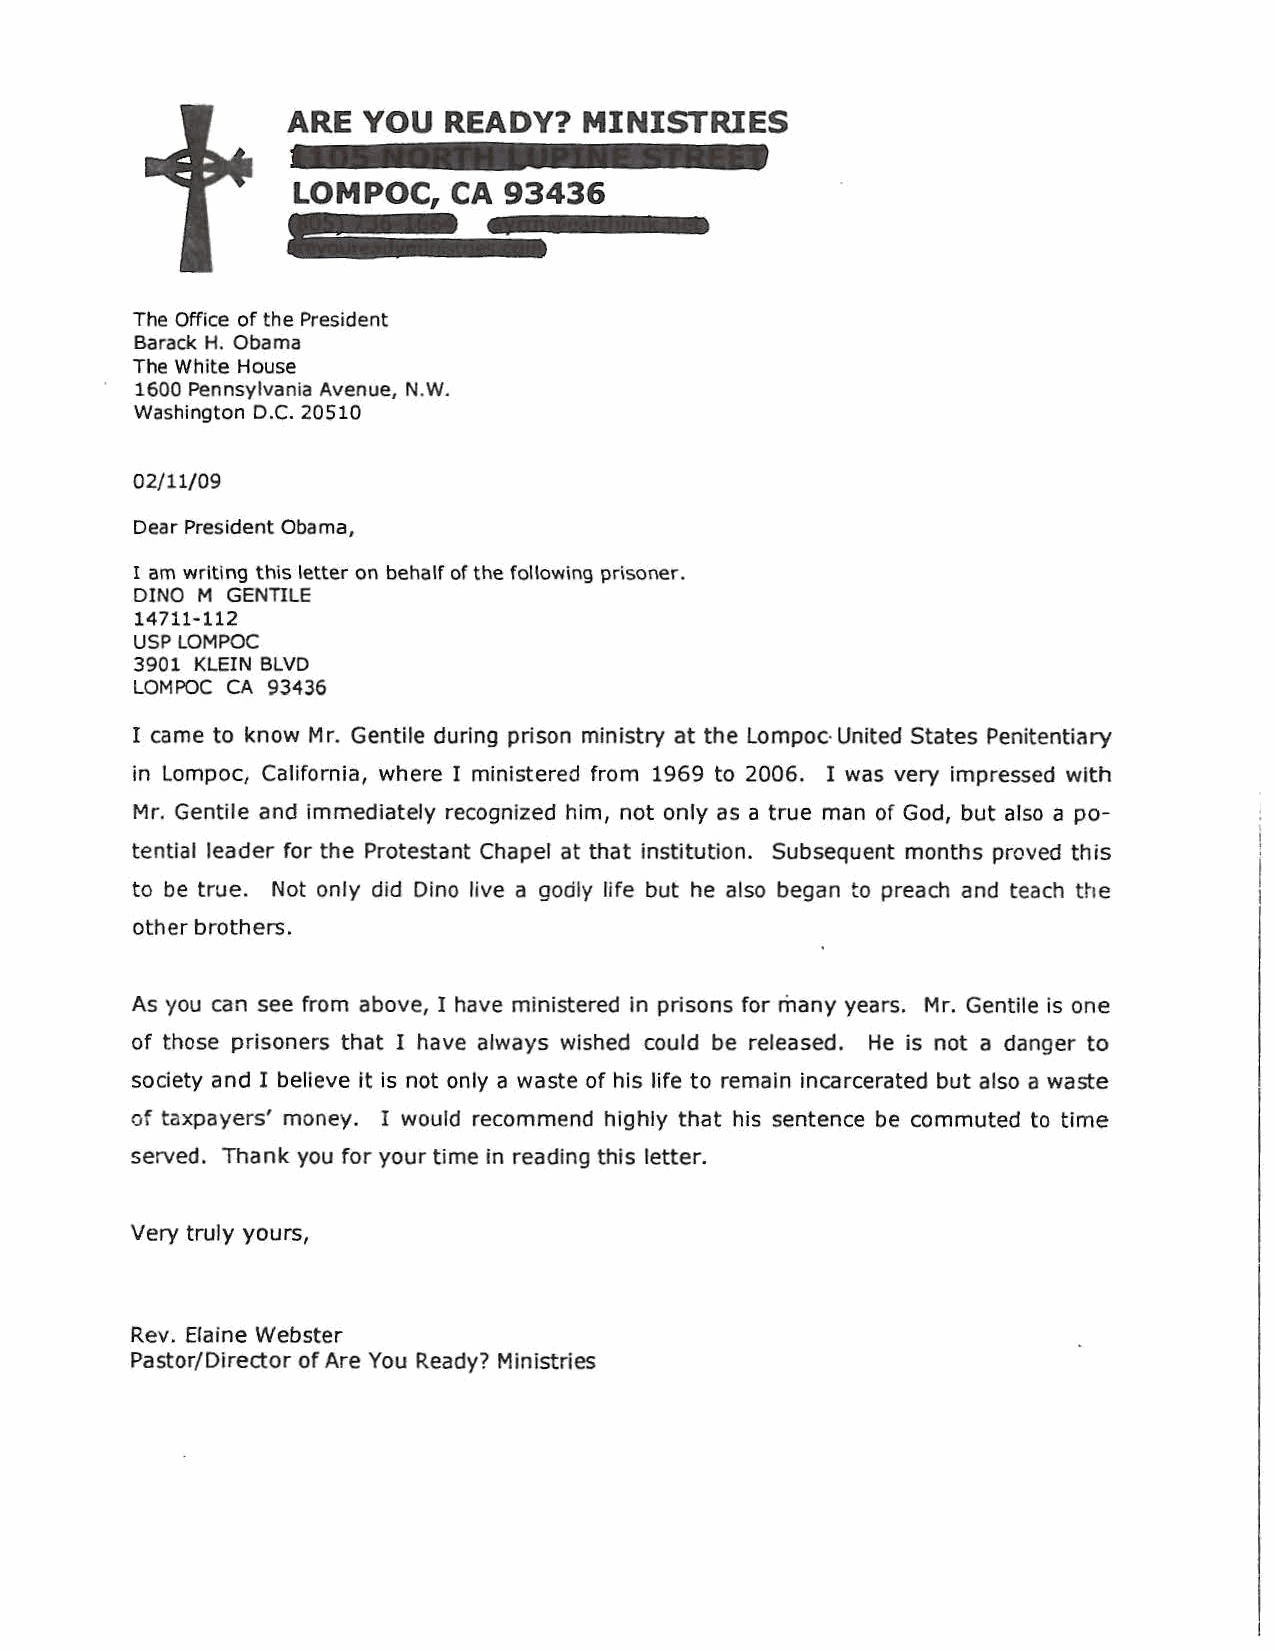
ARE  YOU  READY?    MINISTRIES
 LOMPOC,    CA 93436
 9
 The Office of the President
 Barack H. Obama
 The White House
 1600 Pennsylvania Avenue, N.W.
 Washington D.C. 20510
 02/11/09
 Dear President Obama,
 I am writing this letter on behalf of the following prisoner.
 DINO M GENTILE
 14711-112
 USP LOMPOC
 3901 KLEIN BLVD
 LOMPOC CA 93436
 I came to know Mr. Gentile during prison ministry at the Lompoc· United States Penitentiary
 in Lompoc, California, where I ministered from 1969 to 2006. I was very impressed with
 Mr. Gentile and immediately recognized him, not only as a true man of God, but also a po
 tential leader for the Protestant Chapel at that institution. Subsequent months proved this
 to be true. Not only did Dina live a godly life but he also began to preach and teach the
 other brothers.
 As you can see from above, I have ministered in prisons for many years. Mr. Gentile is one
 of those prisoners that I have always wished could be released. He is not a danger to
 society and I believe it is not only a waste of his life to remain incarcerated but also a waste
 of taxpayers' money. I would recommend highly that his sentence be commuted to time
 served. Thank you for your time in reading this letter.
 Very truly yours,
 Rev. Elaine Webster
 Pastor/Director of Are You Ready? Ministries